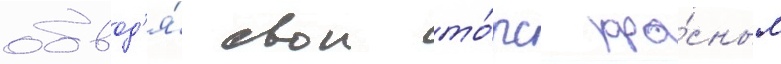
обвод'я́ свои то́рс кра́сным